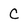
Character: c